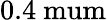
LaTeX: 0.4\mathrm{\ mum}